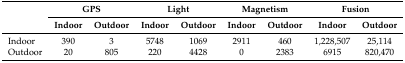
<table><thead><tr><td></td><td colspan="2"><b>GPS</b></td><td colspan="2"><b>Light</b></td><td colspan="2"><b>Magnetism</b></td><td colspan="2"><b>Fusion</b></td></tr><tr><td></td><td><b>Indoor</b></td><td><b>Outdoor</b></td><td><b>Indoor</b></td><td><b>Outdoor</b></td><td><b>Indoor</b></td><td><b>Outdoor</b></td><td><b>Indoor</b></td><td><b>Outdoor</b></td></tr></thead><tbody><tr><td>Indoor</td><td>390</td><td>3</td><td>5748</td><td>1069</td><td>2911</td><td>460</td><td>1,228,507</td><td>25,114</td></tr><tr><td>Outdoor</td><td>20</td><td>805</td><td>220</td><td>4428</td><td>0</td><td>2383</td><td>6915</td><td>820,470</td></tr></tbody></table>